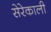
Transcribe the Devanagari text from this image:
सेरेकाली